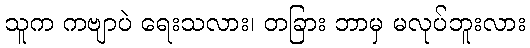
သူက ကဗျာပဲ ရေးသလား၊ တခြား ဘာမှ မလုပ်ဘူးလား